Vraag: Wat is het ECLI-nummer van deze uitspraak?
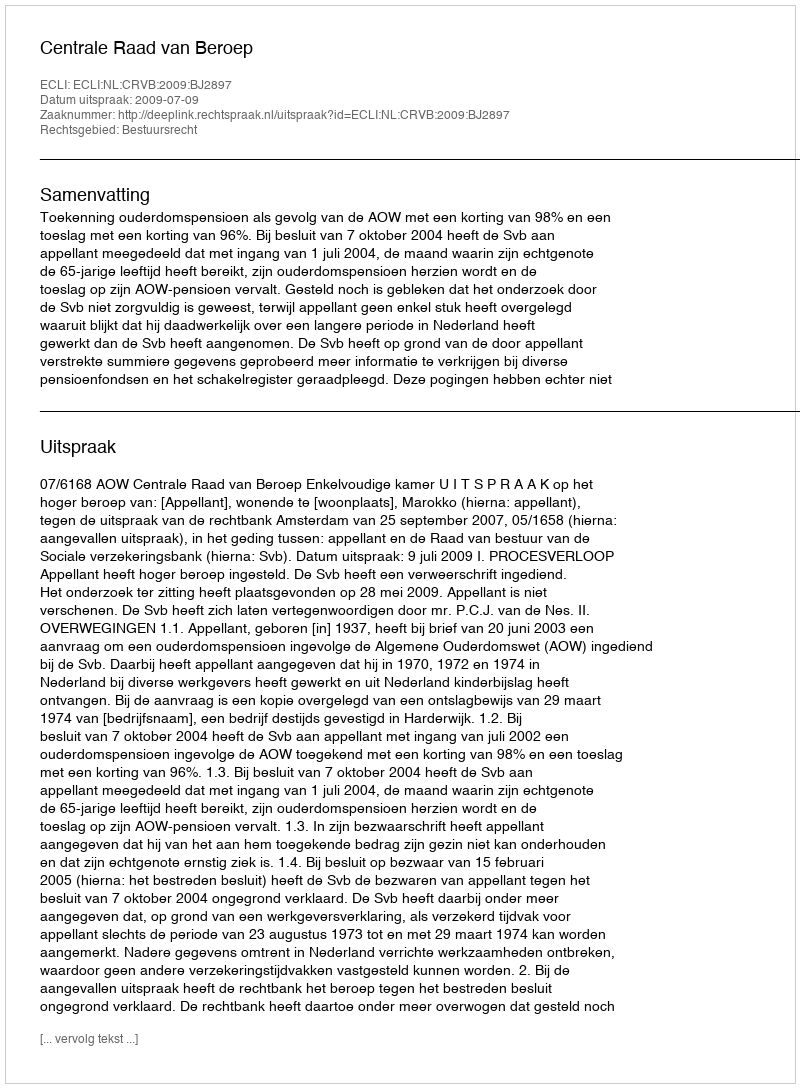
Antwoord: ECLI:NL:CRVB:2009:BJ2897